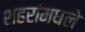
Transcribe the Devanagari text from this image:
शहरांमधले